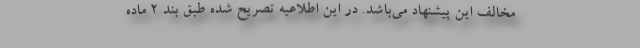
مخالف این پیشنهاد می‌باشد. در این اطلاعیه تصریح شده طبق بند ۲ ماده